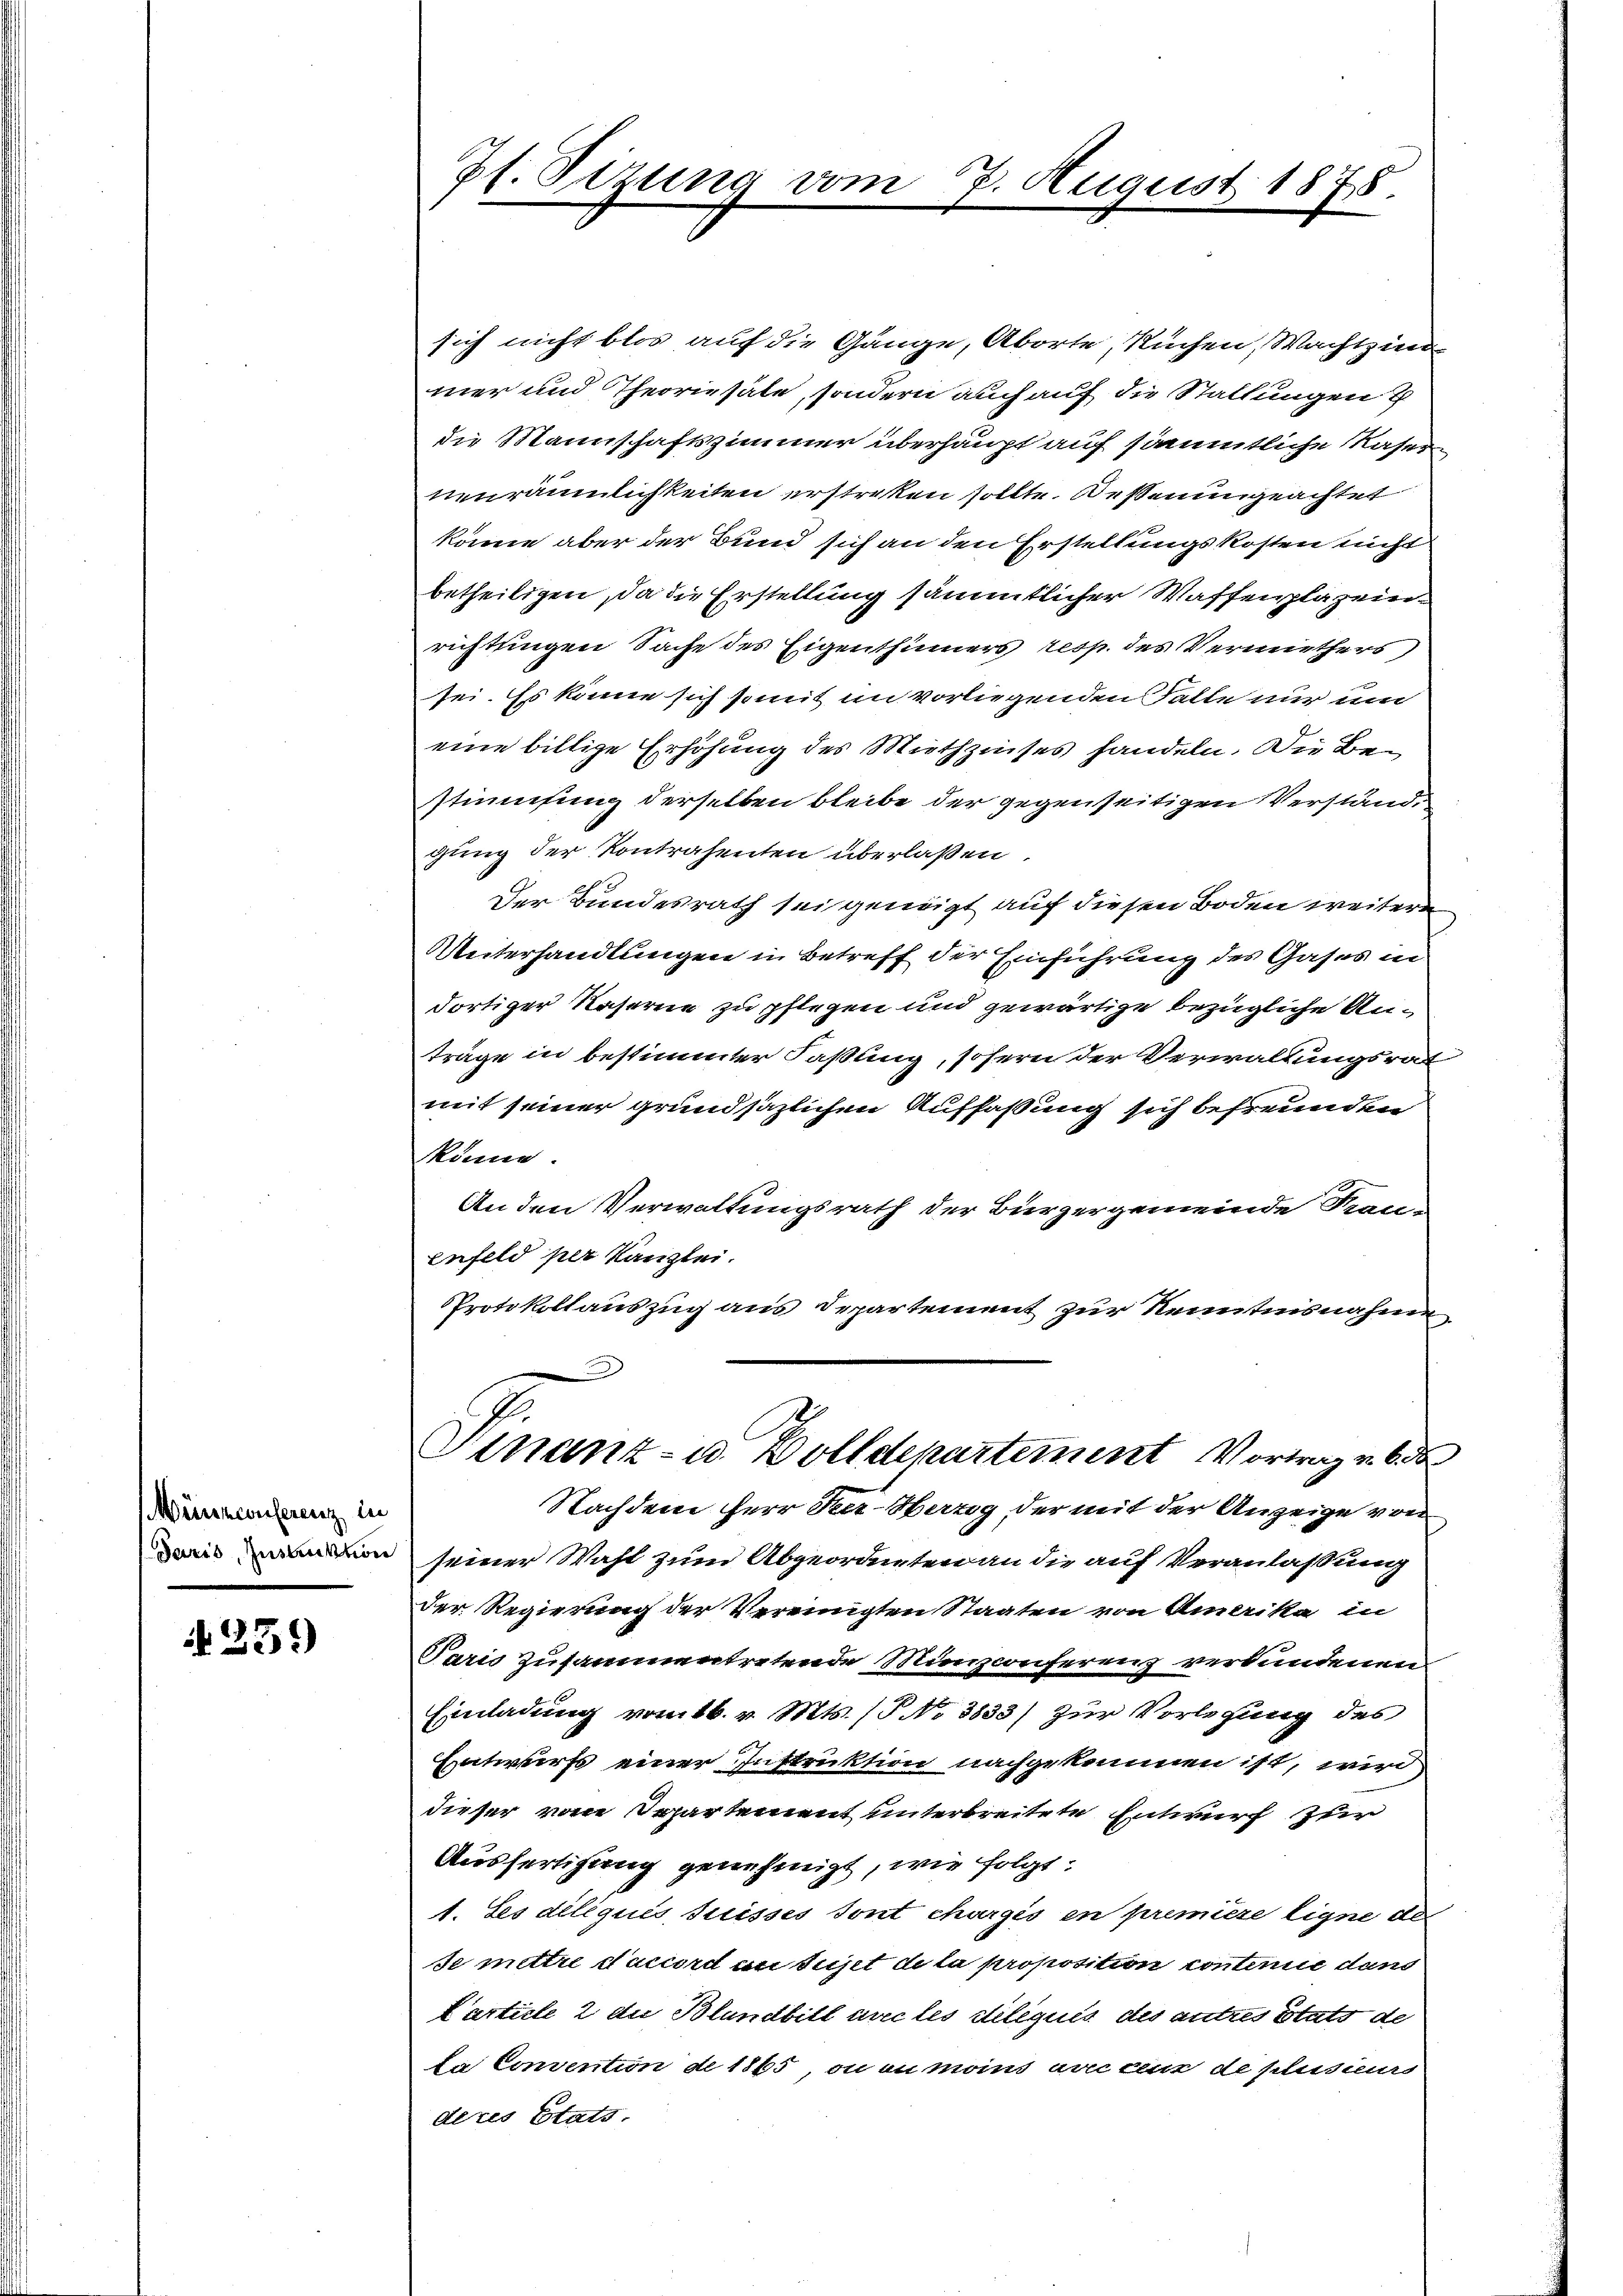
Münnconferenz in

N 259

sich nicht blos auf die Gänge, Aborte, Küchen, Wachtzin
mer und Theoriesale, sondern auch auf die Stallungen
die Mannschaftszimmer überhaupt auf sämmtliche Kaser
nenräumlichkeiten erstreken sollte. Desserungeachtet
könne aber der Bund sich an den Erstellungskosten nicht
betheiligen, da die Erstellung sämmtlicher Waffenplazein
richtungen Sache des Eigenthümers resp. des Vermiethers
sei. Es könne sich somit im vorliegenden Falle nur und
eine billige Erhöhung des Miethzinses handeln. Die Be-
stimmung derselben bleibe der gegenseitigen Verstände
gung der Kontrahenten überlaßen
Der Bundesrath sei geneigt auf diesen Boden weitere
Unterhandlungen in Betreff der Einführung des Gases in
dortiger Kaserne zu pflegen und gewärtige bezügliche Anträge in bestimmter Faßung, sofern der Verwaltungsrat
mit seiner grundsäzlichen Auffassung sich befreunden
könne.
An den Verwaltungsrath der Bürgergemeinde Frau-
enfeld per Kanzlei.
Protokollauszug aus Departement zur Kenntnisnahme

Pf. Pirm

n

7. August 1875.

Finanz- u. Zolldepartement Vortrag u. 6 de

Nachdem Herr Seer-Herzog der mit der Anzeige von
ison seiner Wahl zum Abgeordneten an die auf Veranlassung
Der Regierung der Vereinigten Staaten von Amerika in
Paris zusammentretende Munzconferenz verbundenen
Einladung vom 16. v. Mts. (T. No 3833) zur Vorlegung des
Entwurfs einer Instruktion nachgekommen ist, wird
dieser vom Separtement unterbreitete Entwurf zur
Ausfertigung genehmigt, wie folgt:
1. Ses diliques Suisses sont chargés en première ligne des
de mettre daccord an Sujet de la proposition contemie dans
Carticle 2 die Blandbitl vec les diléquis des antres Stats de
da Convention de 1865, ou au moins anc ceux de plusieurs
deres Etats.